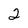
Character: 2